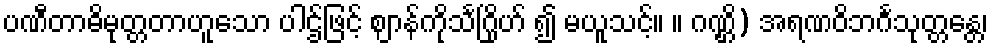
ပဏီတာဓိမုတ္တတာဟူသော ပါဌ်ဖြင့် ဈာန်ကိုသင်္ဂြိုဟ် ၍ မယူသင့်။ ။ ဂဏ္ဌိ) အရဏဝိဘင်္ဂသုတ္တန္တေ၊